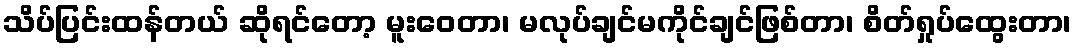
သိပ်ပြင်းထန်တယ် ဆိုရင်တော့ မူးဝေတာ၊ မလုပ်ချင်မကိုင်ချင်ဖြစ်တာ၊ စိတ်ရှုပ်ထွေးတာ၊